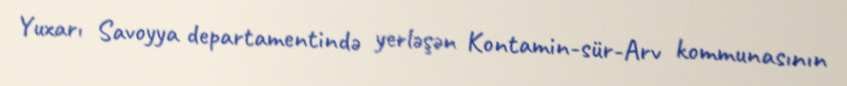
Yuxarı Savoyya departamentində yerləşən Kontamin-sür-Arv kommunasının